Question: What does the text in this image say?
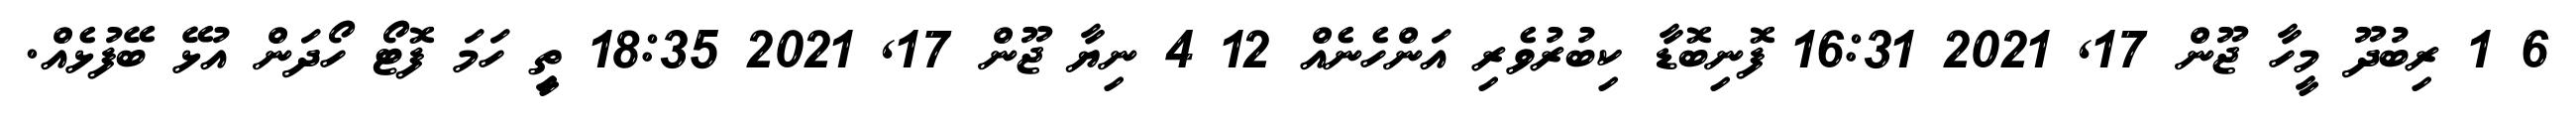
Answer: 6 1 ރިބުދޫ މީހާ ޖޫން 17, 2021 16:31 ފޮނިބޮޑާ ކިބުރުވެރި އަންހެނެއް 12 4 ނިޔާ ޖޫން 17, 2021 18:35 ތިީ ހަމަ ފޮޓޯ ހޯދަން އުޅޭ ބޭފުޅެއް.